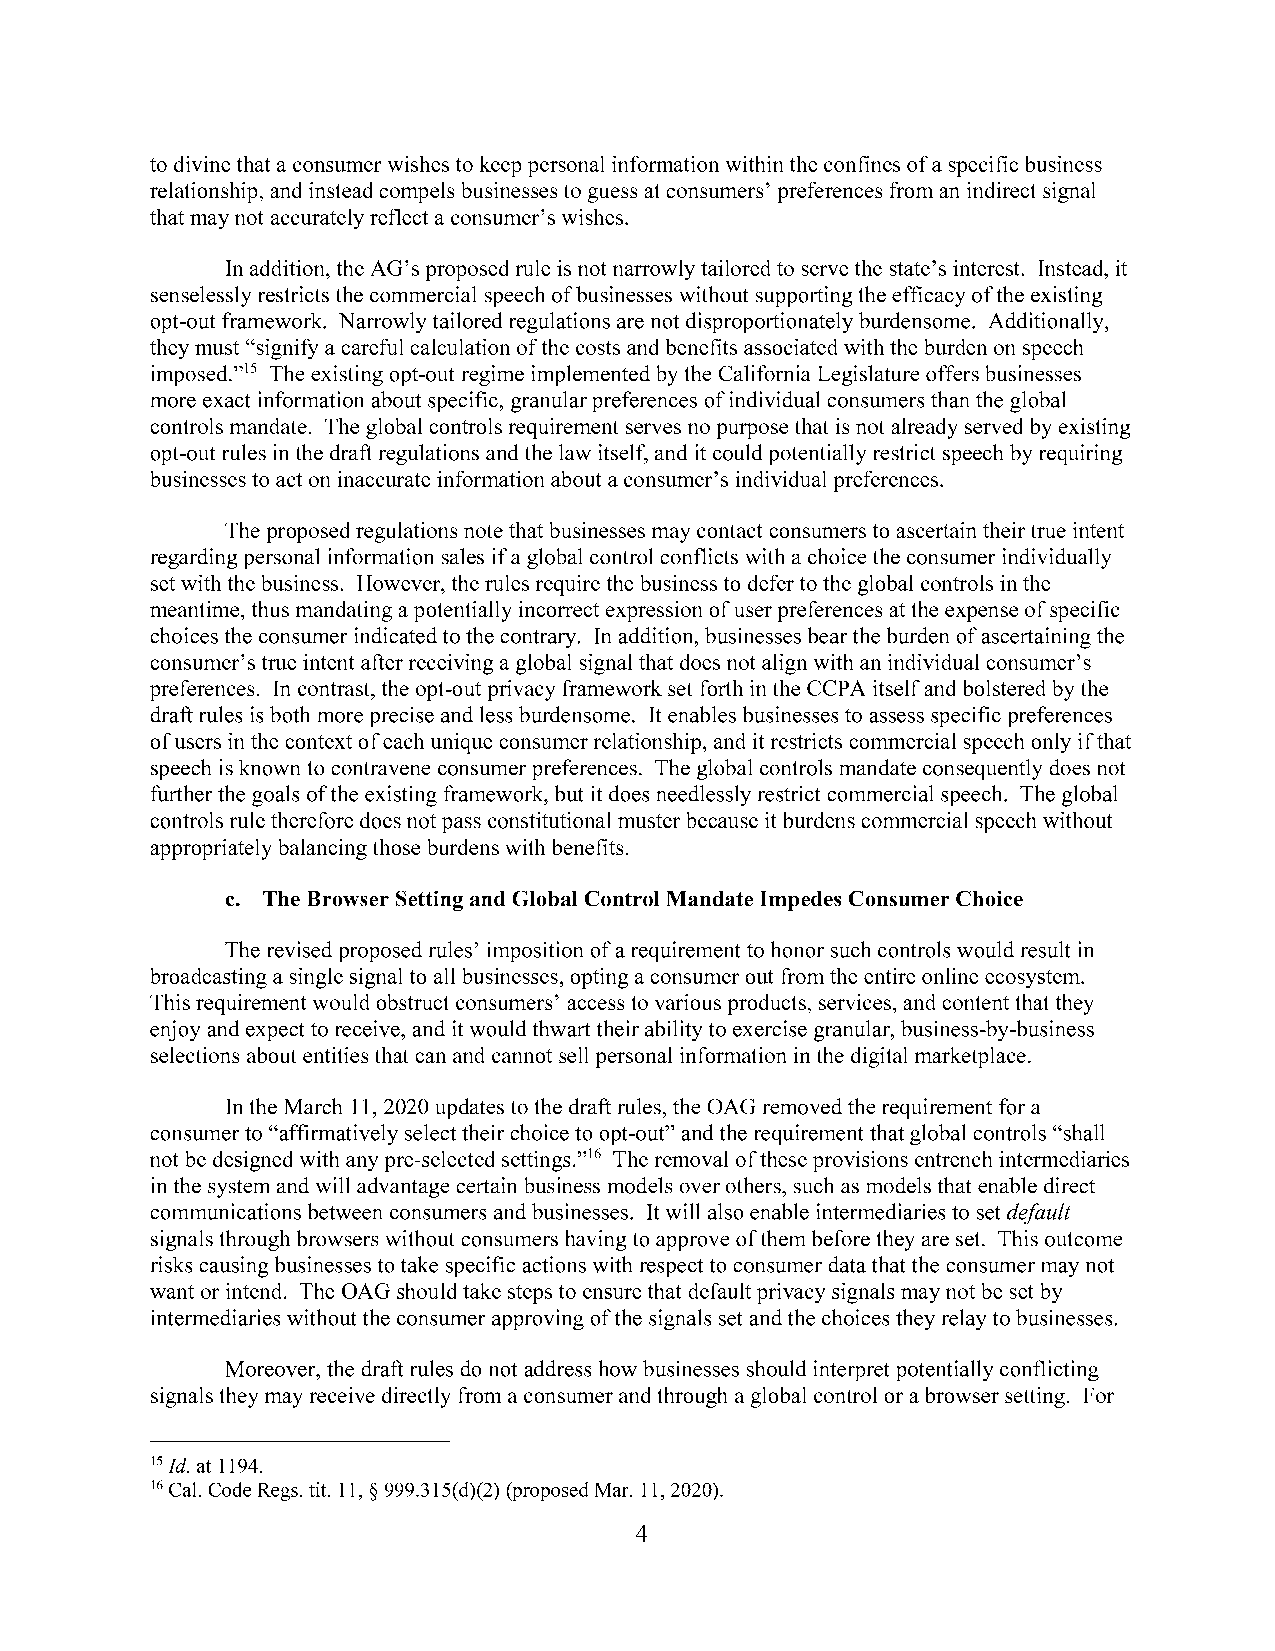
to divine that a consumer wishes to keep personal information within the confines of a specific business
 relationship, and instead compels businesses to guess at consumers' preferences from an indirect signal
 that may not accurately reflect a consumer's wishes.
 In addition, the AG's proposed rule is not narrowly tailored to serve the state's interest. Instead, it
 senselessly restricts the commercial speech of businesses without supporting the efficacy ofthe existing
 opt-out framework. Narrowly tailored regulations are not disproportionately burdensome. Additionally,
 they must "signify a careful calculation of the costs and benefits associated with the burden on speech
 imposed."15 The existing opt-out regime implemented by the California Legislature offers businesses
 more exact information about specific, granular preferences of individual consumers than the global
 controls mandate. The global controls requirement serves no purpose that is not already served by existing
 opt-out rules in the draft regulations and the law itself, and it could potentially restrict speech by requiring
 businesses to act on inaccurate information about a consumer's individual preferences.
 The proposed regulations note that businesses may contact consumers to ascertain their true intent
 regarding personal information sales if a global control conflicts with a choice the consumer individually
 set with the business. However, the rules require the business to defer to the global controls in the
 meantime, thus mandating a potentially incorrect expression ofuser preferences at the expense of specific
 choices the consumer indicated to the contrary. In addition, businesses bear the burden of ascertaining the
 consumer's true intent after receiving a global signal that does not align with an individual consumer's
 preferences. In contrast, the opt-out privacy framework set forth in the CCPA itself and bolstered by the
 draft rules is both more precise and less burdensome. It enables businesses to assess specific preferences
 ofusers in the context ofeach unique consumer relationship, and it restricts commercial speech only ifthat
 speech is known to contravene consumer preferences. The global controls mandate consequently does not
 further the goals of the existing framework, but it does needlessly restrict commercial speech. The global
 controls rule therefore does not pass constitutional muster because it burdens commercial speech without
 appropriately balancing those burdens with benefits.
 c. The Browser Setting and Global Control Mandate Impedes Consumer Choice
 The revised proposed rules' imposition of a requirement to honor such controls would result in
 broadcasting a single signal to all businesses, opting a consumer out from the entire online ecosystem.
 This requirement would obstruct consumers' access to various products, services, and content that they
 enjoy and expect to receive, and it would thwart their ability to exercise granular, business-by-business
 selections about entities that can and cannot sell personal information in the digital marketplace.
 In the March 11, 2020 updates to the draft rules, the OAG removed the requirement for a
 consumer to "affirmatively select their choice to opt-out" and the requirement that global controls "shall
 not be designed with any pre-selected settings."16 The removal of these provisions entrench intermediaries
 in the system and will advantage certain business models over others, such as models that enable direct
 communications between consumers and businesses. It will also enable intermediaries to set default
 signals through browsers without consumers having to approve ofthem before they are set. This outcome
 risks causing businesses to take specific actions with respect to consumer data that the consumer may not
 want or intend. The OAG should take steps to ensure that default privacy signals may not be set by
 intermediaries without the consumer approving of the signals set and the choices they relay to businesses.
 Moreover, the draft rules do not address how businesses should interpret potentially conflicting
 signals they may receive directly from a consumer and through a global control or a browser setting. For
 15 Id. at 1194.
 16 Cal. Code Regs. tit. 11, § 999.315(d)(2) (proposed Mar. 11, 2020).
 4